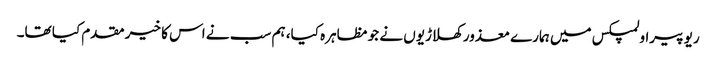
ریو پیراولمپکس میں ہمارے معذور کھلاڑیوں نے جو مظاہرہ کیا، ہم سب نے اس کا خیر مقدم کیا تھا۔